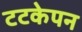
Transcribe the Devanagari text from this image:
टटकेपन